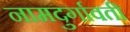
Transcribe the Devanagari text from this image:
नामदुर्गावती